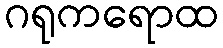
ဂရုကရောထ